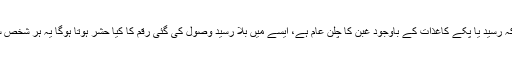
فی زمانہ جب کہ رسید یا پکّے کاغذات کے باوجود غبن کا چلن عام ہے، ایسے میں بلا رسید وصول کی گئی رقم کا کیا حشر ہوتا ہوگا یہ ہر شخص سمجھ سکتا ہے۔